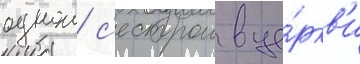
однои с'естрои в це́ркв'и